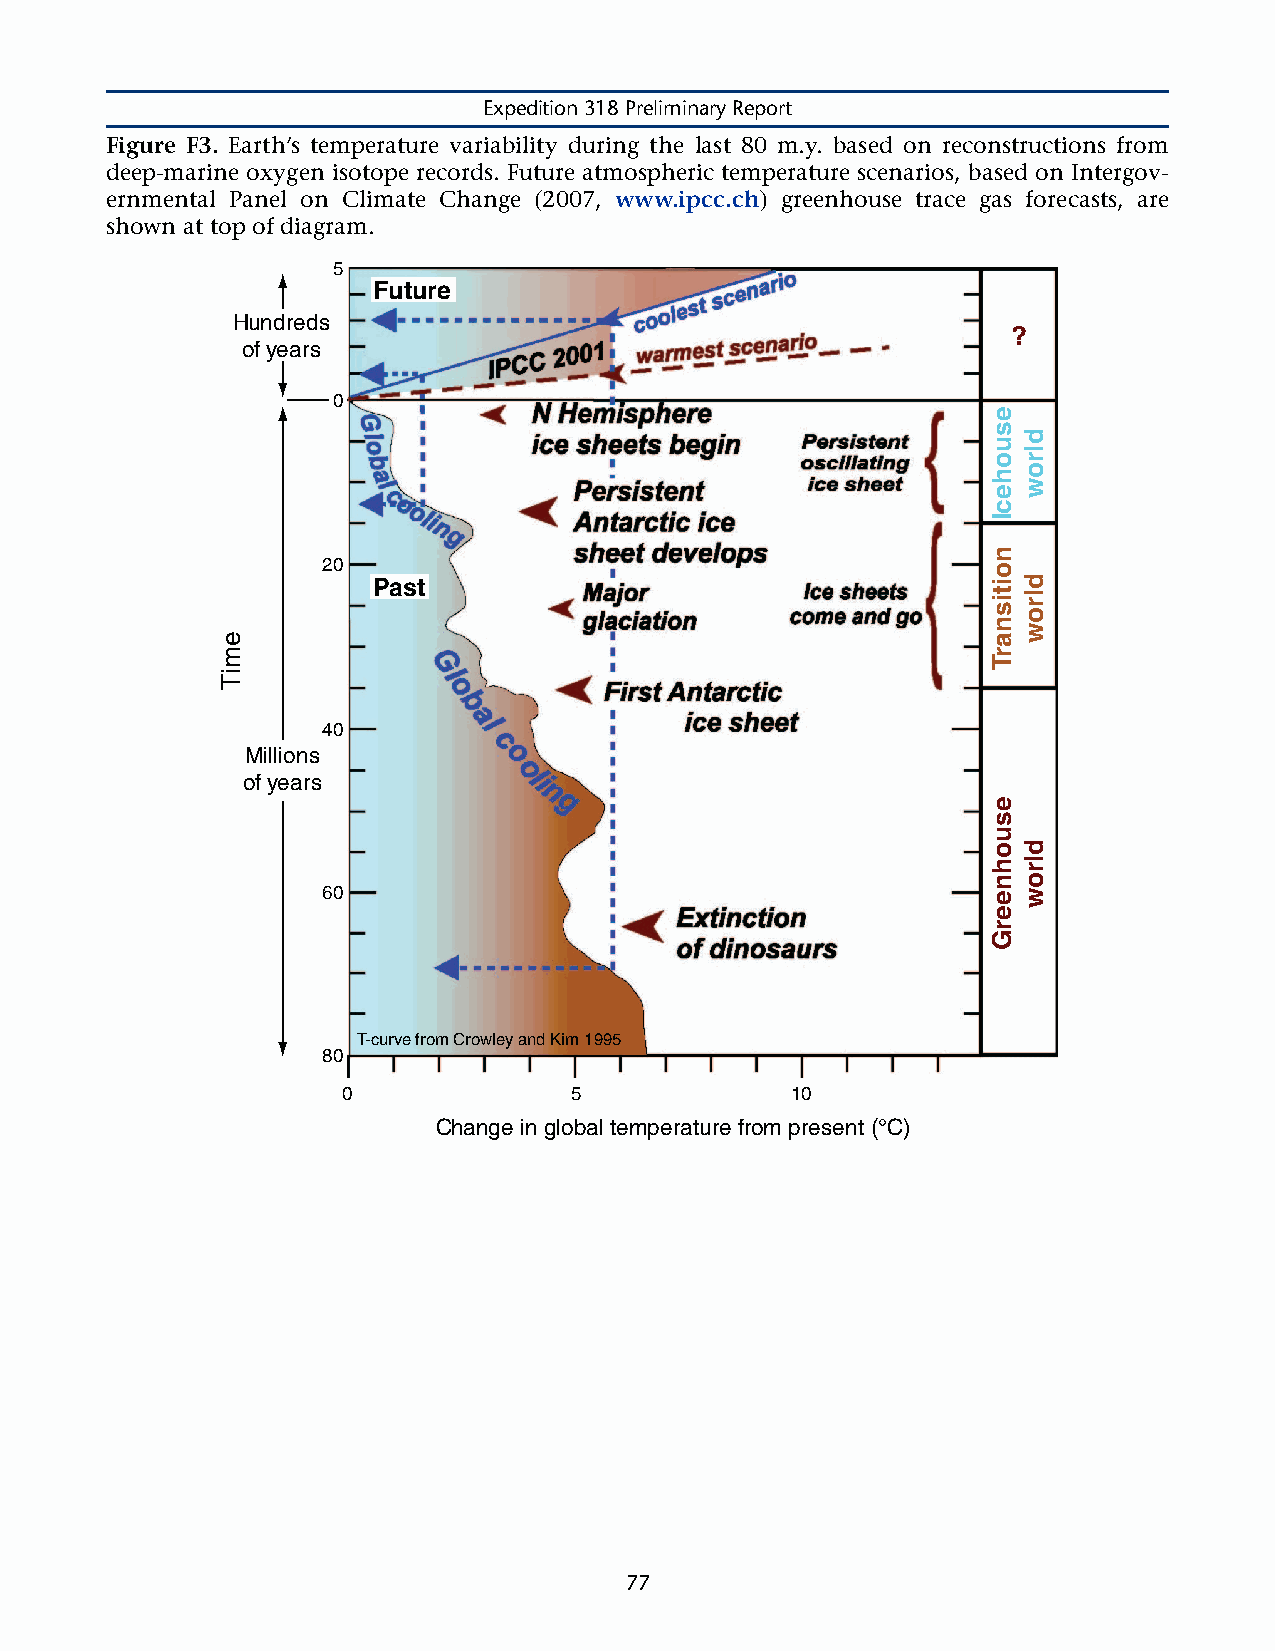
Expedition 318 Preliminary Report
 Figure F3. Earth’s temperature variability during the last 80 m.y. based on reconstructions from
 deep-marine oxygen isotope records. Future atmospheric temperature scenarios, based on Intergov-
 ernmental Panel on Climate Change (2007, www.ipcc.ch) greenhouse trace gas forecasts, are
 shown at top of diagram.
 5
 Future
 Hundreds
 ?
 of years
 0
 20
 Past
 40
 Millions
 of years
 60
 T-curve from Crowley and Kim 1995
 80
 0              5             10
 Change in global temperature from present (°C)
 77
 emiT
 esuohecI
 noitisnarT
 esuohneerG
 dlrow
 dlrow
 dlrow